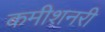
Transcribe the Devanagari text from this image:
कमीशनरी